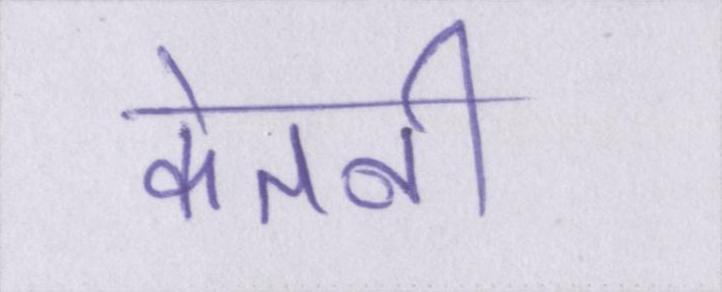
केतनी